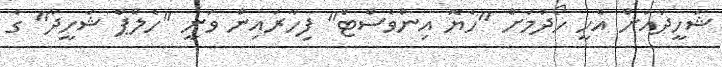
ޝަހީދާއަށް އެހީ ހޯދުމަށް "ހެޔޮ އިންވެސްޓް" ފިހާރައިން ވަނީ "ހެލްޕް ޝަހީދާ" ގެ